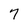
Character: 7